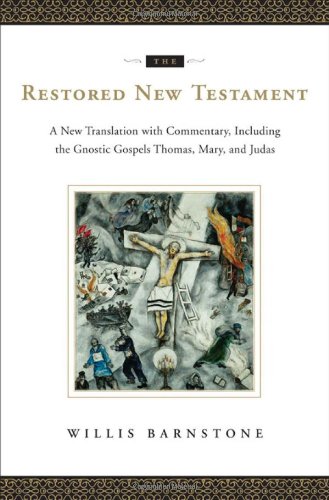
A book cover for The Restored New Testament: A New Translation with Commentary, Including the Gnostic Gospels Thomas, Mary, and Judas; Christian Books & Bibles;